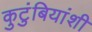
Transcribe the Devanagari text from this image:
कुटुंबियांशी